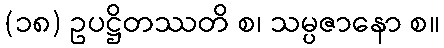
(၁၈) ဥပဋ္ဌိတဿတိ စ၊ သမ္ပဇာနော စ။